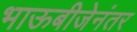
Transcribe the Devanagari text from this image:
भाऊबीजेनंतर